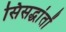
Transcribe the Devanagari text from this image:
सिसद्धांतों